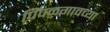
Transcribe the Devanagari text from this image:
पिंपळगावच्या